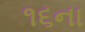
૧૬ના